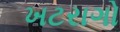
ખટરાગો